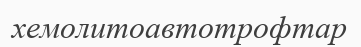
хемолитоавтотрофтар